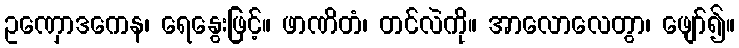
ဥဏှောဒကေန၊ ရေနွေးဖြင့်။ ဖာဏိတံ၊ တင်လဲကို။ အာလောလေတွာ၊ ဖျော်၍။